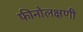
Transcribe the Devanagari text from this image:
फीनोलक्षणी